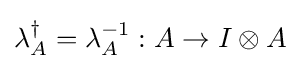
\lambda _{A}^{\dagger }=\lambda _{A}^{-1}:A\rightarrow I\otimes A